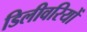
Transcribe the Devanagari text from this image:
डिलीवरियों